Notes on vaccination in the North-West Frontier Province 1923-1928 - 1923-1928
Year: 1923
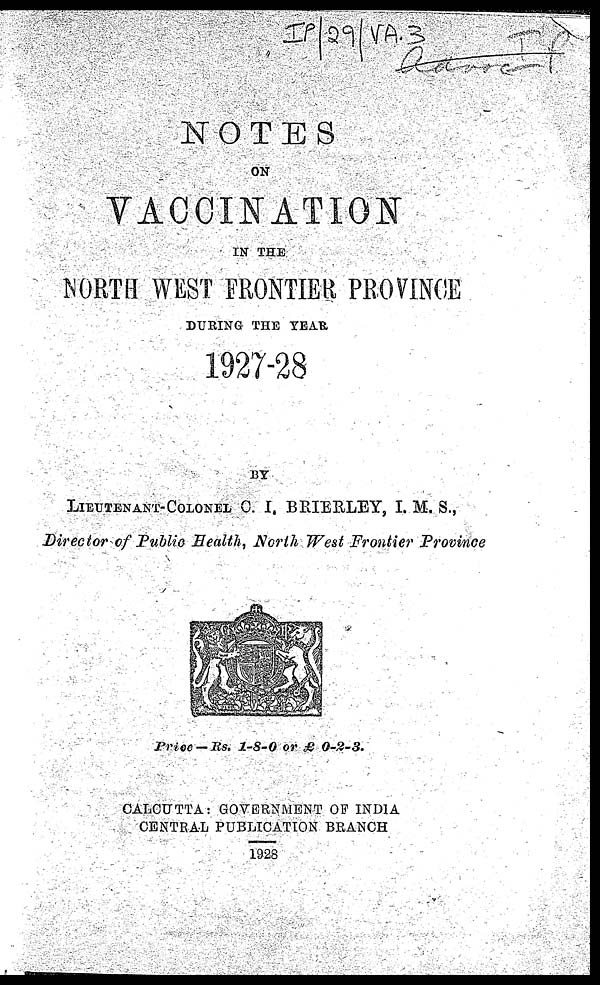
NOTES
ON
VACCINATION
IN THE
NORTH WEST FRONTIER PROVINCE
DURING THE YEAR
1927-28
BY
LIEUTENANT-COLONEL C. I. BRIERLEY, I. M. S.,
Director of Public Health, North West Frontier Province
Price — Rs. 1-8-0 or £
0-2-3.
CALCUTTA GOVERNMENT OF INDIA
CENTRAL PUBLICATION BRANCH
1928